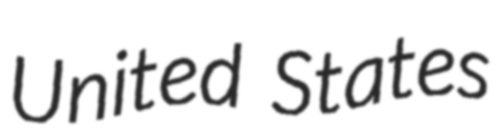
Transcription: United States